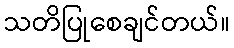
သတိပြုစေချင်တယ်။